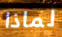
لماذا